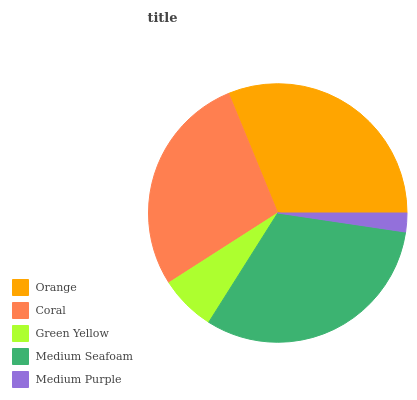
| Orange | Coral | Green Yellow | Medium Seafoam | Medium Purple |
 | --- | --- | --- | --- | --- |
 | 31.2% | 27.8% | 6.97% | 31.7% | 2.35% |